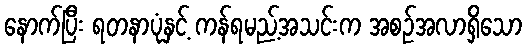
နောက်ပြီး ရတနာပုံနှင့် ကန်ရမည့်အသင်းက အစဉ်အလာရှိသော